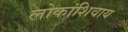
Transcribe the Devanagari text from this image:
लोकांशिवाय